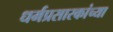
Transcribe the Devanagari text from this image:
धर्मप्रसारकांच्या